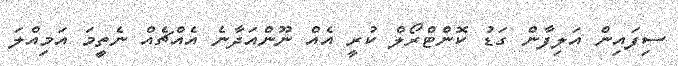
ސިފައިން އަލިފާން ގަޑު ކޮންޓްރޯލް ކުރީ އެއް ނޫންއަދާނެ އެއްޗެއް ނެތިީމަ އަމިއްލަ